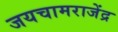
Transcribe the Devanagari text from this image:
जयचामराजेंद्र